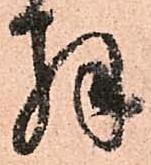
拝